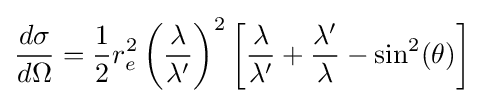
{\frac {d\sigma }{d\Omega }}={\frac {1}{2}}r_{e}^{2}\left({\frac {\lambda }{\lambda '}}\right)^{2}\left[{\frac {\lambda }{\lambda '}}+{\frac {\lambda '}{\lambda }}-\sin ^{2}(\theta )\right]